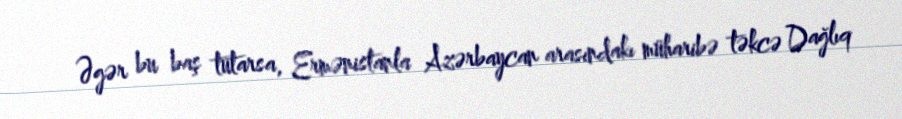
Əgər bu baş tutarsa, Ermənistanla Azərbaycan arasındakı müharibə təkcə Dağlıq